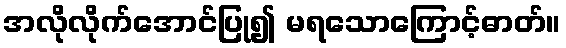
အလိုလိုက်အောင်ပြု၍ မရသောကြောင့်ဓာတ်။